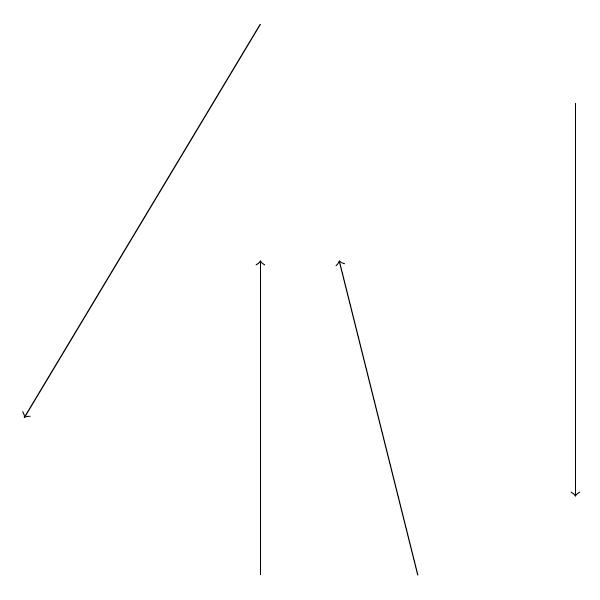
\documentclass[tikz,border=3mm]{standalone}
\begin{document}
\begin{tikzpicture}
\draw[->] (3,19) -- (0,14);
\draw[->] (5,12) -- (4,16);
\draw[->] (3,12) -- (3,16);
\draw[->] (7,18) -- (7,13);
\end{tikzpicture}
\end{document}